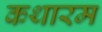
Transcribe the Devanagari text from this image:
कथारम